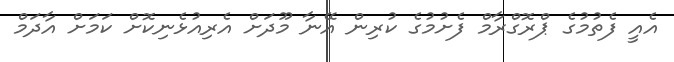
އެއީ ފެތުމުގެ ޕްރޮގްރާމް ފެށުމުގެ ކުރިން އޭނާ މޫދަށް އެރިއުޅެނިކޮށް ކަމަށް އާދަމް